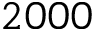
2 0 0 0